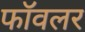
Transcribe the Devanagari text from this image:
फॉवलर